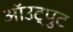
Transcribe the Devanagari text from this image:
ऑउट्पुट